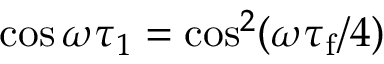
\cos \omega \tau _ { 1 } = \cos ^ { 2 } ( \omega \tau _ { \mathrm { f } } / 4 )